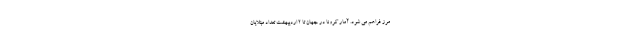
مرز فراهم می شود. آمار کرونا در جهان تا ۲ اردیبهشت تعداد مبتلایان